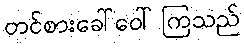
တင်စားခေါ်ဝေါ်ကြသည်